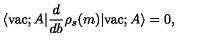
\langle \mathrm { v a c } ; A | \frac { d } { d b } \rho _ { s } ( m ) | \mathrm { v a c } ; A \rangle = 0 ,